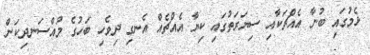
ޅެމުގައި ބުނާ އެއްޗަކާއި ސިޔަރަތުގައި ކިޔާ އެއްޗެއް އެނގި ދިވެހި ބަހުގެ މުއްސަނދިކަން